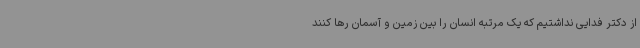
از دکتر فدایی نداشتیم که یک مرتبه انسان را بین زمین و آسمان رها کنند